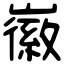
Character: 𡽪